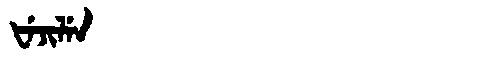
Manchu: ᡶᡝᠵᡳᠯᡝᠨ
Romanization: FEJILEN